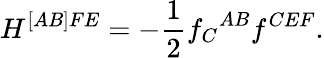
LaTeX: H^{[AB]FE}=-\frac{1}{2}{f_{C}}^{AB}f^{CEF}.